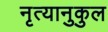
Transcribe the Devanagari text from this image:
नृत्यानुकुल